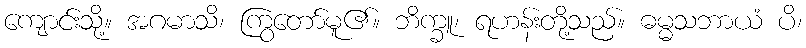
ကျောင်းသို့။ အဂမာသိ၊ ကြွတော်မူ၏။ ဘိက္ခူ၊ ရဟန်းတို့သည်။ ဓမ္မသဘာယံ ပိ၊